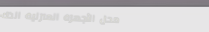
محل الأجهزة المنزلية الذك